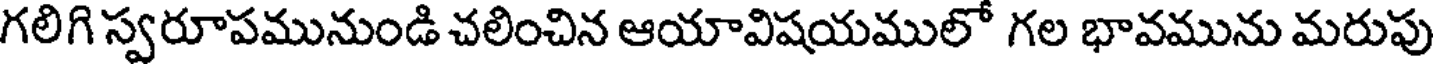
గలిగి స్వరూపమునుండి చలించిన ఆయావిషయములో గల భావమును మరుపు